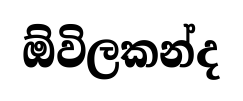
ඕවිලකන්ද